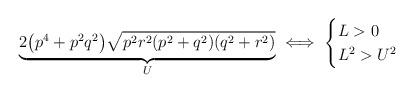
LaTeX: \begin{align*}\underbrace{2\big(p^4+p^2q^2\big)\sqrt{p^2r^2(p^2+q^2)(q^2+r^2)}}_{U}\iff\begin{cases}L>0\\L^2>U^2\end{cases}\end{align*}